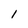
Character: I